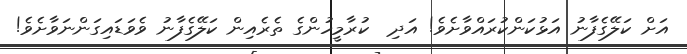
އަށް ކަލޭގެފާނު އަޅުކަންކުރައްވާށެވެ! އަދި  ކުރާމީހުންގެ ތެރެއިން ކަލޭގެފާނު ވެވަޑައިގަންނަވާށެވެ!